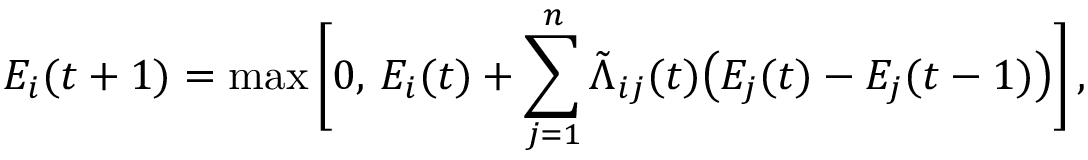
E _ { i } ( t + 1 ) = \operatorname* { m a x } \Bigg [ 0 , \, E _ { i } ( t ) + \sum _ { j = 1 } ^ { n } \tilde { \Lambda } _ { i j } ( t ) \big ( E _ { j } ( t ) - E _ { j } ( t - 1 ) \big ) \Bigg ] \, ,